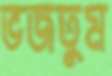
ভজতুম